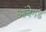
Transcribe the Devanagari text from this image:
आंबेगड